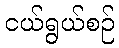
ငယ်ရွယ်စဉ်